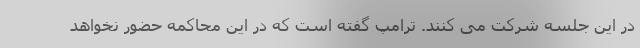
در این جلسه شرکت می کنند. ترامپ گفته است که در این محاکمه حضور نخواهد